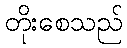
တိုးစေသည်